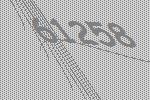
61258